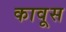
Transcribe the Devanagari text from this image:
कावूस